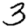
Digit: 3